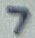
Text: 7